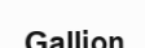
Gallion